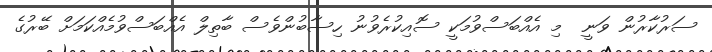
ސަރުކާރުން ވަނީ  މި އެއްބަސްވުމަކީ ސޮއިކުރެވުނު ހިސާބުންވެސް ބާތިލް އެއްބަސްވުމެއްކަމަށް ބޭރުގެ